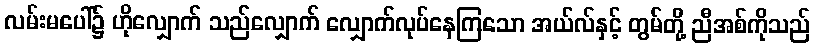
လမ်းမပေါ်၌ ဟိုလျှောက် သည်လျှောက် လျှောက်လုပ်နေကြသော အယ်လ်နှင့် တွမ်တို့ ညီအစ်ကိုသည်